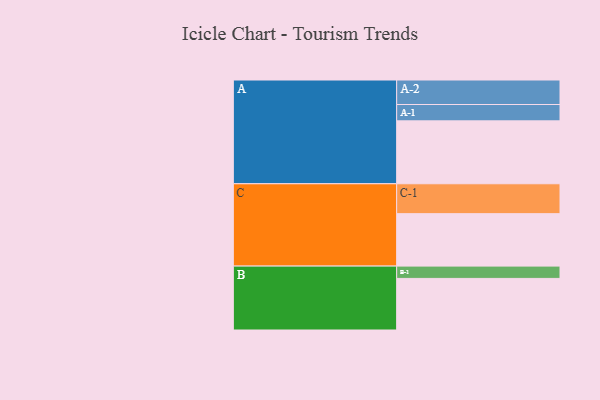
{"axis": {"x": "Segment", "y": "Value"}, "legend": ["", "A", "B", "C"], "data": [{"x": "A", "y": 516, "type": ""}, {"x": "B", "y": 423, "type": ""}, {"x": "C", "y": 430, "type": ""}, {"x": "A-1", "y": 134, "type": "A"}, {"x": "A-2", "y": 201, "type": "A"}, {"x": "B-1", "y": 101, "type": "B"}, {"x": "C-1", "y": 245, "type": "C"}]}